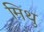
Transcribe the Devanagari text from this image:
मिथु